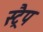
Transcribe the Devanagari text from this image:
स्ट्रैप